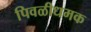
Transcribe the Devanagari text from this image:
पिवळीधमक